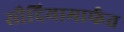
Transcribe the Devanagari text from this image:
सौदियामार्फत